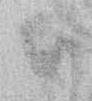
ハ